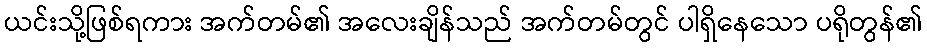
ယင်းသို့ဖြစ်ရကား အက်တမ်၏ အလေးချိန်သည် အက်တမ်တွင် ပါရှိနေသော ပရိုတွန်၏